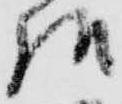
様